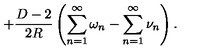
\, + \frac { D - 2 } { 2 R } \left( \sum _ { n = 1 } ^ { \infty } \omega _ { n } - \sum _ { n = 1 } ^ { \infty } \nu _ { n } \right) { . }